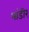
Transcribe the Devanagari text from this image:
भांडीर